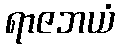
ရာဇဘယံ